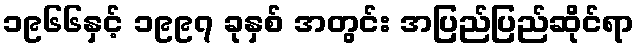
၁၉၆၆နှင့် ၁၉၉၇ ခုနှစ် အတွင်း အပြည်ပြည်ဆိုင်ရာ